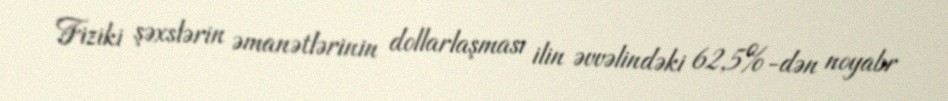
Fiziki şəxslərin əmanətlərinin dollarlaşması ilin əvvəlindəki 62,5%-dən noyabr